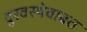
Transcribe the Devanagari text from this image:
दुरवस्थेबाबत